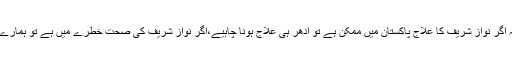
وکیل نے عدالت کو بتایا کہ اگر نواز شریف کا علاج پاکستان میں ممکن ہے تو ادھر ہی علاج ہونا چاہیے،اگر نواز شریف کی صحت خطرے میں ہے تو ہمارے پاس کوئی اور آپشن نہیں ۔